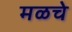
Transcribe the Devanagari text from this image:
मळचे